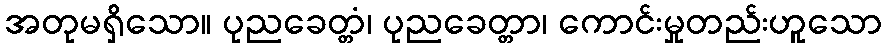
အတုမရှိသော။ ပုညခေတ္တံ၊ ပုညခေတ္တာ၊ ကောင်းမှုတည်းဟူသော